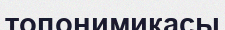
топонимикасы